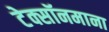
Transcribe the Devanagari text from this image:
टेक्सॉनमाना